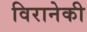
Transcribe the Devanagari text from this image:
विरानेकी